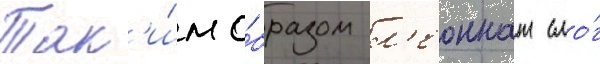
Так'и́м о́бразом л'еоннат смо́г